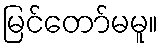
မြင်တော်မမူ။